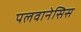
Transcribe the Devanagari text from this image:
पलवानेसिस